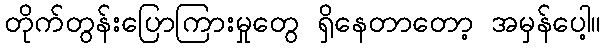
တိုက်တွန်းပြောကြားမှုတွေ ရှိနေတာတော့ အမှန်ပေါ့။